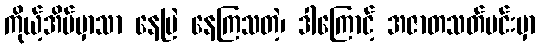
ကိုယ့်အိမ်မှာသာ နေမြဲ နေကြသတဲ့၊ ဒါကြောင့် အဇာတသတ်မင်းမှာ